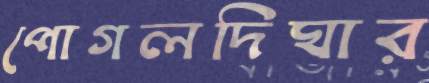
পোগলদিঘার